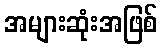
အများဆုံးအဖြစ်